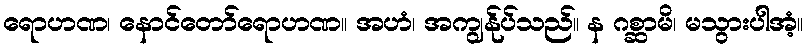
ရောဟဏ၊ နောင်တော်ရောဟဏ။ အဟံ၊ အကျွန်ုပ်သည်။ န ဂစ္ဆာမိ၊ မသွားပါအံ့။